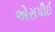
એસપીઈ